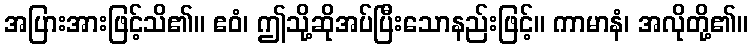
အပြားအားဖြင့်သိ၏။ ဧဝံ၊ ဤသို့ဆိုအပ်ပြီးသောနည်းဖြင့်။ ကာမာနံ၊ အလိုတို့၏။